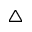
\triangle